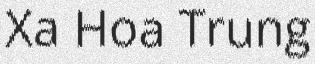
Xa Hoa Trung